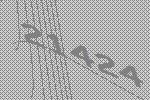
21424